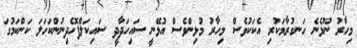
މިހާރު ނޫޅެނެ ހަނގުރާމަކުރި އެކަކުވެސް މިހާރު މުޅިންވެސް އުޅޭނީ ސައިހަދާދީ ސައިކަލްފޮހެދިނުންކަހަލަ ކަންކަމުގަ